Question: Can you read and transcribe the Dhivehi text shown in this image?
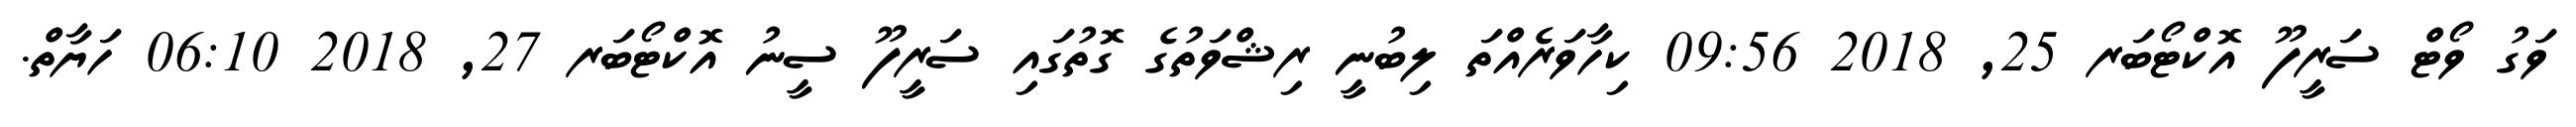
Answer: ވަގު ވޯޓް ސަރީފޫ އޮކްޓޯބަރ 25, 2018 09:56 ކިހާވަރެއްތަ ލިބުނީ ރިޝްވަތުގެ ގޮތުގައި ސަރީފޫ ސީނު އޮކްޓޯބަރ 27, 2018 06:10 ހަޔާތް.